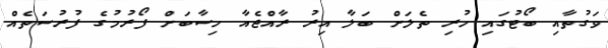
ވަގުތާއި ބޯޓުގައި ހުރި ތެލަށް ބަލާ އިރު ރާއްޖެއާ ހިސާބަށް ފޯރުމުގެ ފުރުސަތެއް